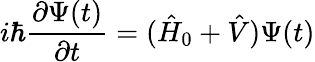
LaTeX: i\hbar\frac{\partial\Psi(t)}{\partial t}=(\hat{H}_{0}+\hat{V})\Psi(t)